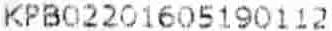
KPB02201605190112